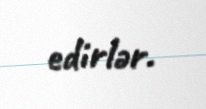
edirlər.